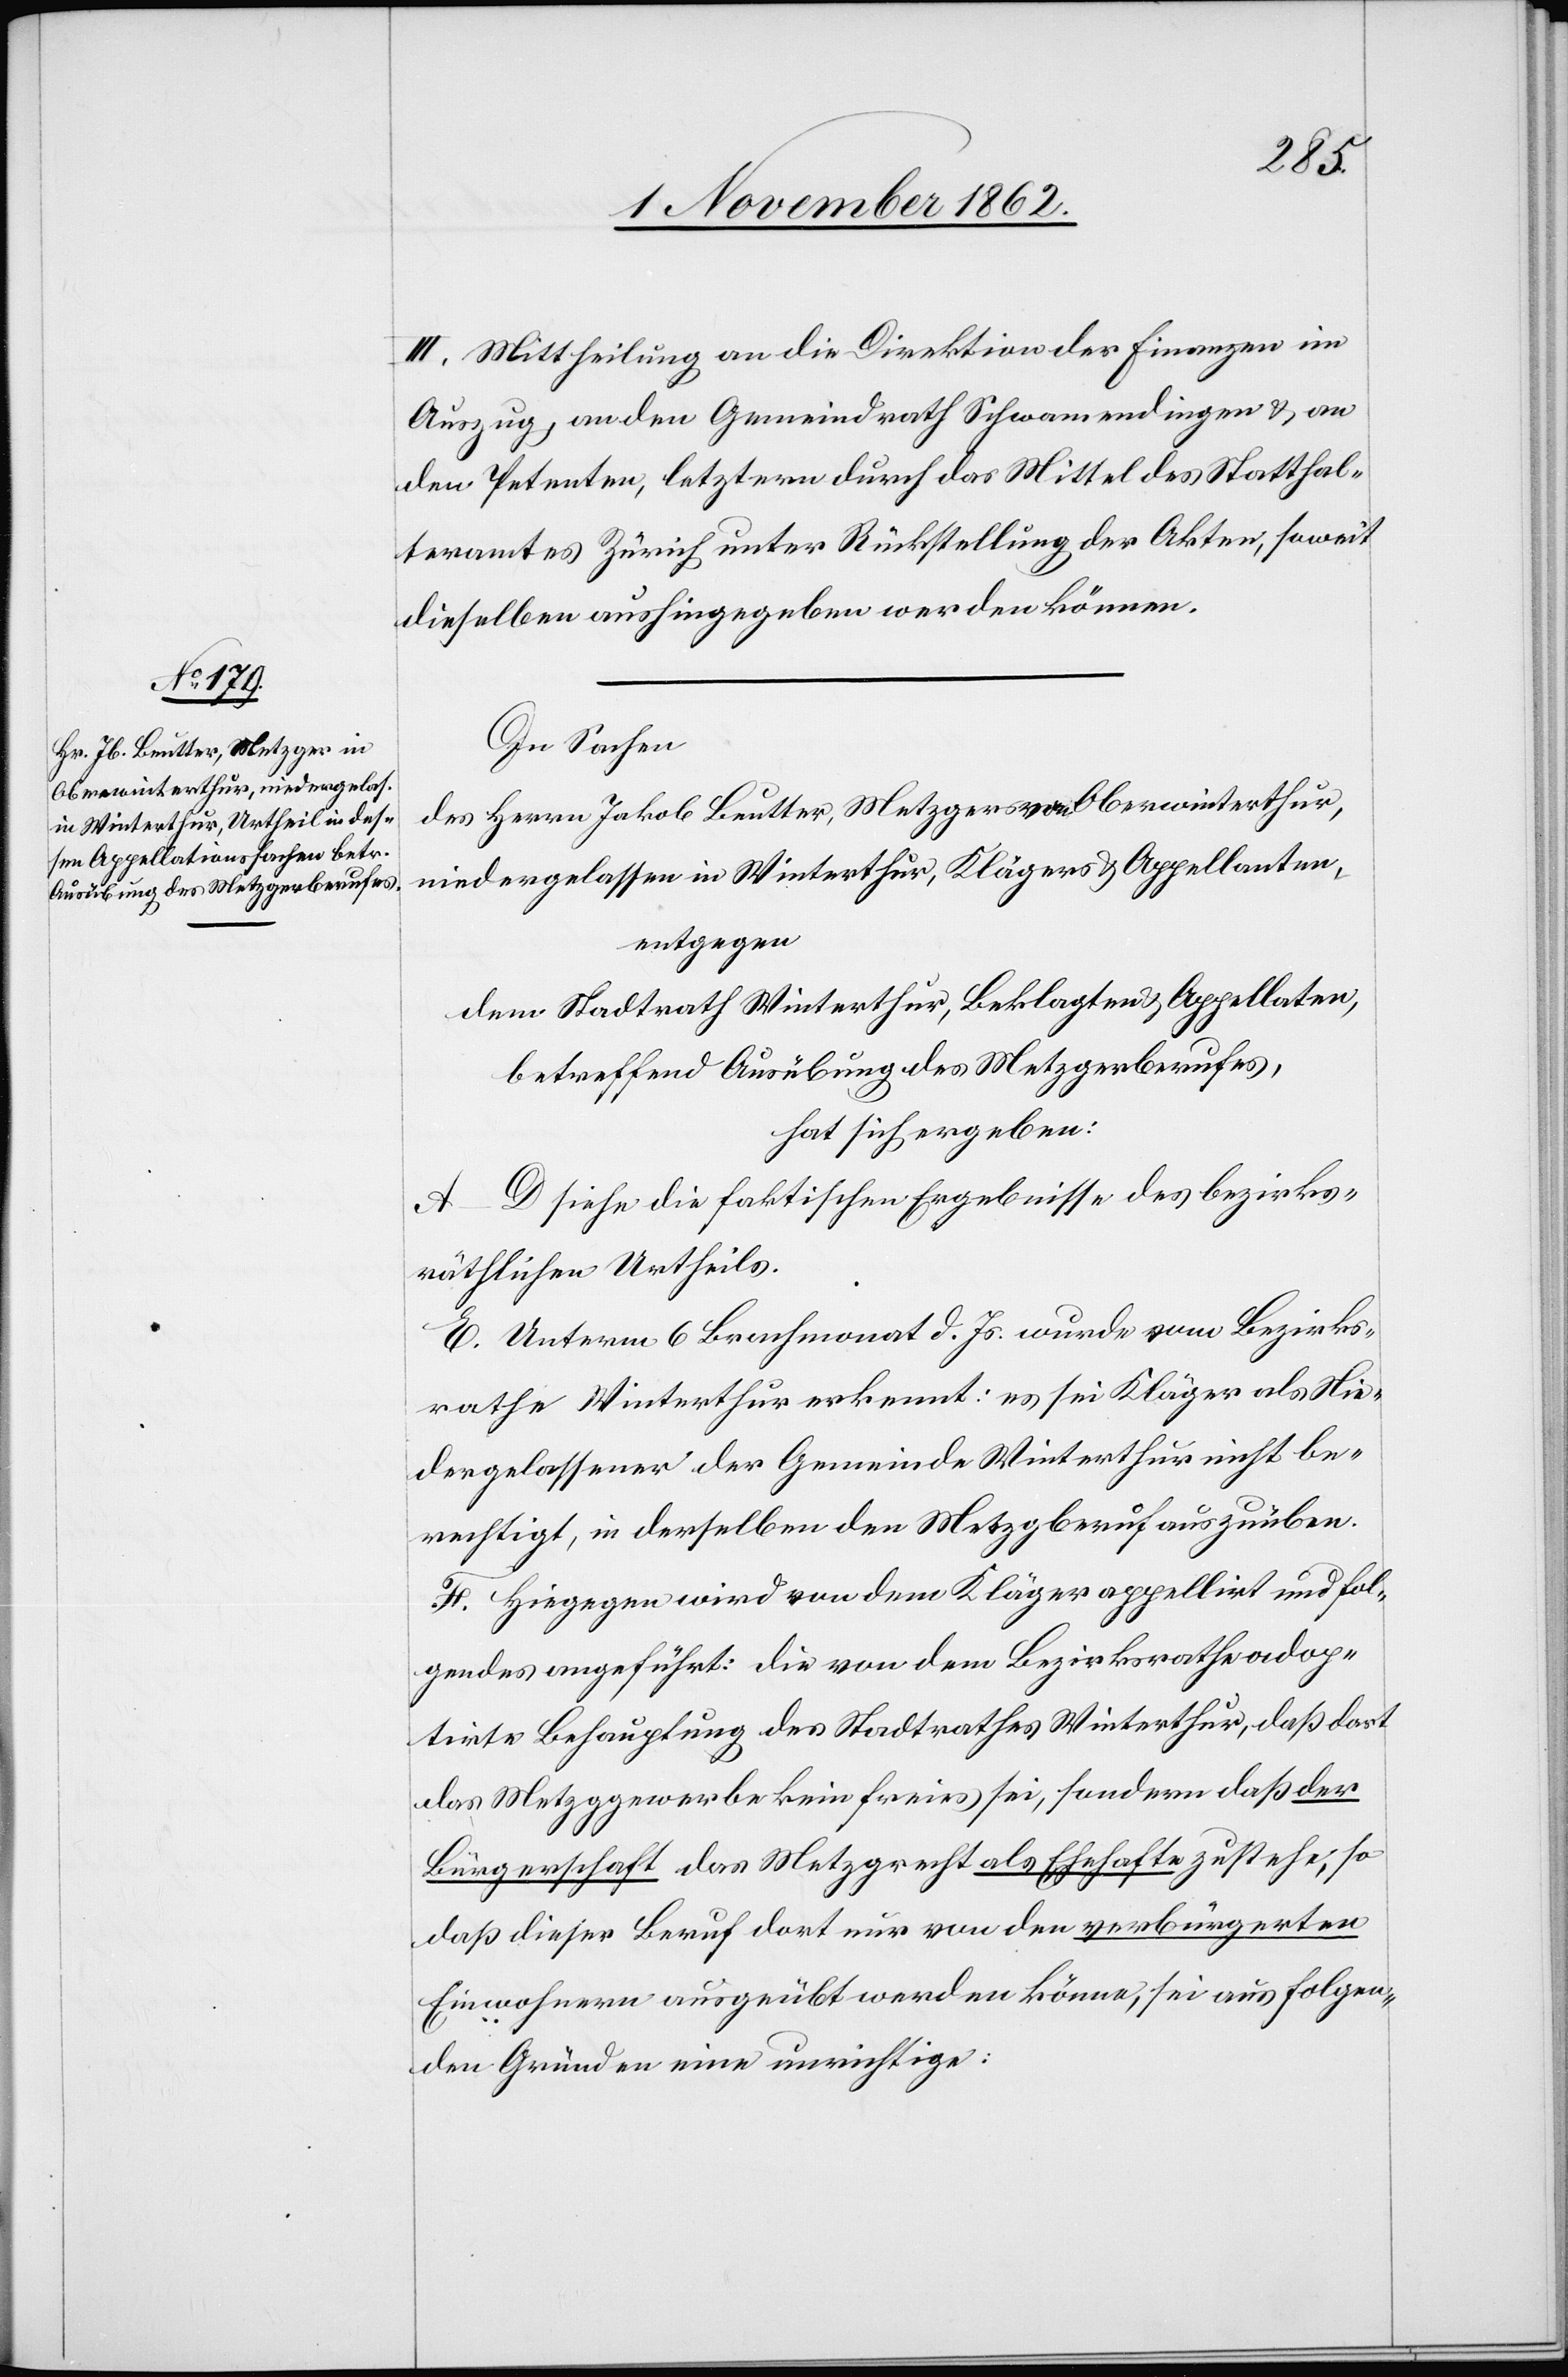
III. Mittheilung an die Direktion der Finanzen im
Auszug, an den Gemeindrath Schwamendingen u. an
den Petenten, letzterm durch das Mittel des Statthal¬
teramtes Zürich unter Rückstellung der Akten, soweit
dieselben aushingegeben werden können.
In Sachen
des Herrn Jakob Beutter, Metzgers von Oberwinterthur,
niedergelassen in Winterthur, Klägers u. Appellanten,
entgegen
dem Stadtrath Winterthur, Beklagten u. Appellaten,
betreffend Ausübung des Metzgerberufes,
hat sich ergeben:
A–D. siehe die faktischen Ergebnisse des bezirks¬
räthlichen Urtheils.
E. Unterm 6. Brachmonat d. Js. wurde vom Bezirks¬
rathe Winterthur erkennt: es sei Kläger als Nie¬
dergelassener der Gemeinde Winterthur nicht be¬
rechtigt, in derselben den Metzgberuf auszuüben.
F. Hiegegen wird von dem Kläger appellirt und fol¬
gendes angeführt: die von dem Bezirksrathe adop¬
tirte Behauptung des Stadtrathes Winterthur, daß dort
das Metzggewerbe kein freies sei, sondern daß der
Bürgerschaft das Metzgrecht als Ehehafte zustehe, so
daß dieser Beruf dort nur von den verbürgerten
Einwohnern ausgeübt werden könne, sei aus folgen¬
den Gründen eine unrichtige: